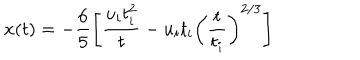
LaTeX: x ( t ) = - \frac { 6 } { 5 } \left[ \frac { u _ { i } t _ { i } ^ { 2 } } { t } - u _ { i } t _ { i } \left( \frac { t } { t _ { i } } \right) ^ { 2 / 3 } \right]